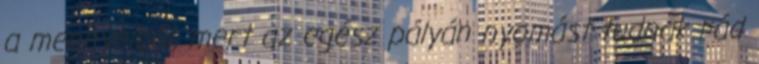
a mennyeiből, mert az egész pályán nyomást tudnak rád